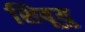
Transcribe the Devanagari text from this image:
शिबूयु